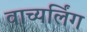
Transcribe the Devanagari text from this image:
वाच्यर्लिंग